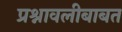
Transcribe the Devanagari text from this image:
प्रश्नावलीबाबत